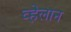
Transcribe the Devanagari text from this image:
व्हेलान